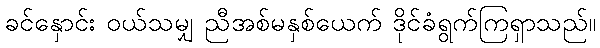
ခင်နှောင်း ဝယ်သမျှ ညီအစ်မနှစ်ယေက် ဒိုင်ခံရွက်ကြရှာသည်။